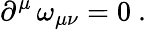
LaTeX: \partial^{\mu}\, \omega_{\mu\nu}=0\ .